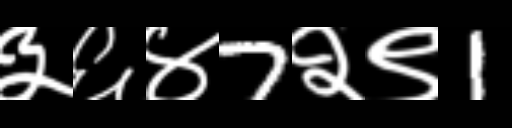
Text: ३६४7२९1